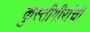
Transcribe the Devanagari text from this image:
कुस्तीगीरांची